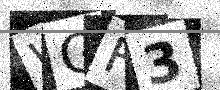
Text: WGF3